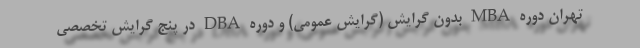
تهران دوره MBA بدون گرایش (گرایش عمومی) و دوره DBA در پنج گرایش تخصصی